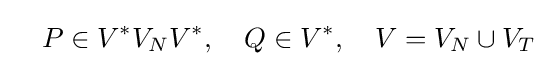
\quad P\in V^{*}V_{N}V^{*},\quad Q\in V^{*},\quad V=V_{N}\cup V_{T}